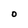
Character: O